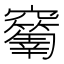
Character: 𥩅